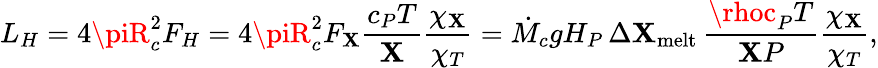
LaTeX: L_{H}=4\piR_{c}^{2}F_{H}=4\piR_{c}^{2}F_{\mathbf{X}}{\frac{{c_{P}T}}{{\mathbf{X}}}}{\frac{{\chi_{\mathbf{X}}}}{{\chi_{T}}}}=\dot{{M}}_{c}gH_{P}\, \Delta\mathbf{X}_{\mathrm{{melt}}}\, {\frac{{\rhoc_{P}T}}{{\mathbf{X}P}}}{\frac{{\chi_{\mathbf{X}}}}{{\chi_{T}}}},